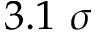
3 . 1 ~ \sigma